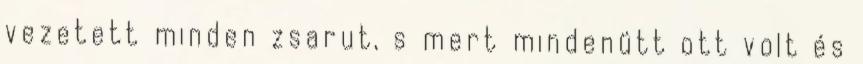
vezetett minden zsarut, s mert mindenütt ott volt és